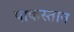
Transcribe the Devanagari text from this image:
पाकस्तान